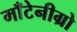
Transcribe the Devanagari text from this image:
माँटेनीग्रो